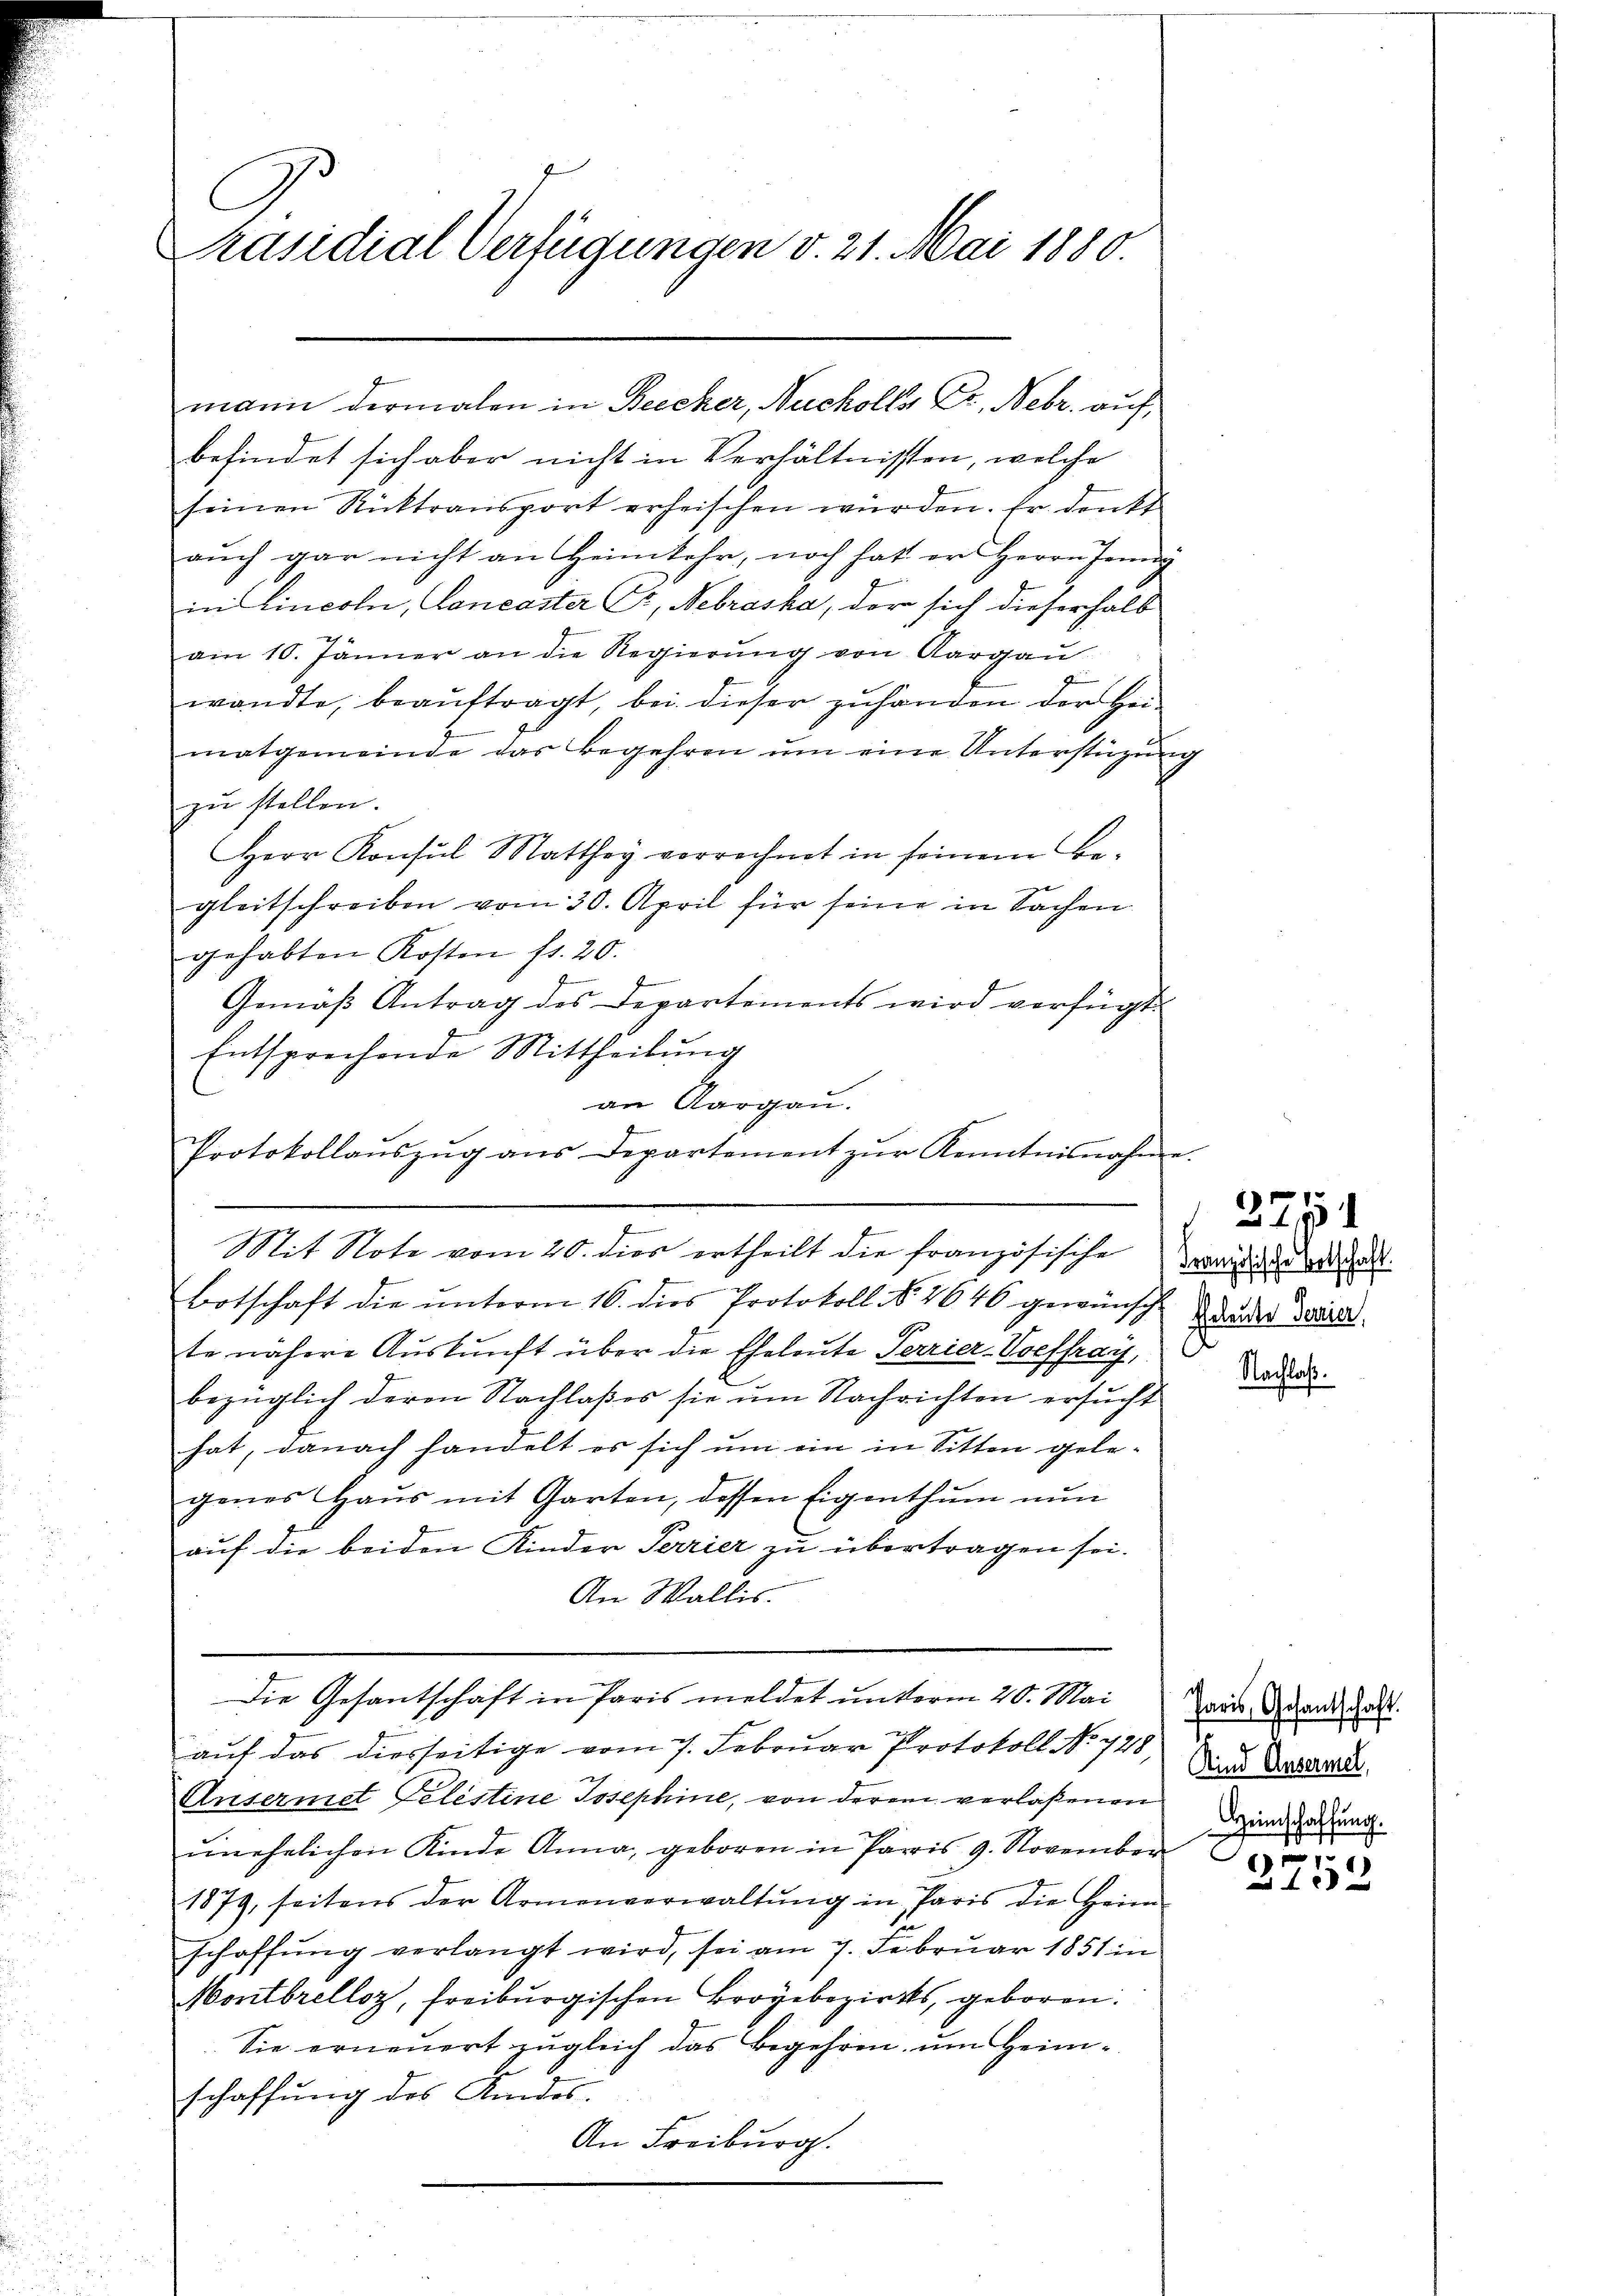
C
Präsidial-Verfügungen v. 21. Mai 1880.

befindet sich aber nicht in Verhältnissen, welche
seinen Rücktransport erheischen wurden. Er denkt
aŭch gar nicht an Heimkehr, noch hat er Herrn Heng
in Cincoln, Cancaster Cr, Nebraska, der sich dieserhalb
am 10. Jänner an die Regierŭng von Aargaŭ
wandte, beaŭftragt, bei dieser zŭ handen der Hei-
matgemeinde das Begehren ŭm eine Unterstüzunzu stellen.
Herr Konsul Matthey verrechnet in seinem Be-
gleitschreiben vom 30. April für seine in Sachen
gehabten Kosten fr. 20.
.
f
Gemäβ Antrag des Departements wird verfügt
Entsprechende Mittheilung
an Aargau.
Protokollaŭszŭg ans Departement zŭr Kenntnisnahm
Mit Note vom 20. dies ertheilt die französische Zwang des halt
Botschaft die ŭnterm 16. dies Protokoll No 1646 gewünsch wieder Ferie
te nähere Auskunft über die Eheleute Perrier-Voeffray,
bezüglich deren Nachlaßes sie um Nachrichten ersucht
hat, danach handelt es sich um ein in Sitten gelegenes Haŭs mit Garten, dessen Eigenthum nun
auf die beiden Kinder Terrier zu übertragen sei.
An Wallis.

mann dermalen in Becker, Nuckolls Dr. Febr. auf,

Die Gesantschaft in Paris meldet unterm 20. Mai

auf das diesseitige vom 7. Februar Protokoll No. 728,
Ansermet Telestine Josephine, von derem verlaßenen
unehelichen Kinde Anna, geboren in Paris 9. November
1879, seitens der Armenverwaltŭng in Paris die Heim
schaffŭng verlangt wird, sei am 7. Februar 1851 in
Montbrelloz, freiburgischen Broyebezirks, geboren.
Sie erneuert zugleich das Begehren, um Heimschaffung des Kindes.
An Freiburg.

g

3751

Nachlaß.

Paris, Gesantschaft.
Kind Ansermel,
Heimschaffung.

1
315